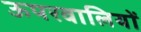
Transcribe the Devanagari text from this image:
ऊपरवालियों